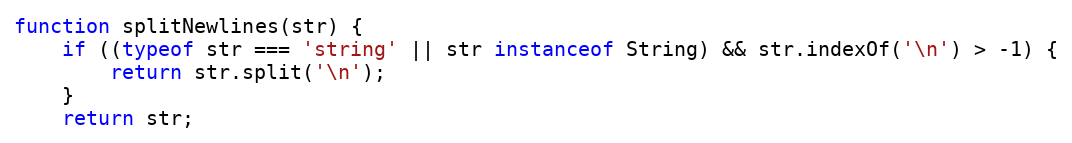
Language: JavaScript
function splitNewlines(str) {
	if ((typeof str === 'string' || str instanceof String) && str.indexOf('\n') > -1) {
		return str.split('\n');
	}
	return str;